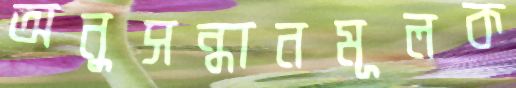
অনুসন্ধানমূলক